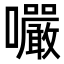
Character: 㘙